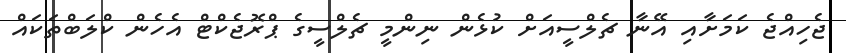
ޖެހިއްޖެ ކަމަށާއި އޭނާ ޗެލްސީއަށް ކުޅެން ނިންމީ ޗެލްސީގެ ޕްރޮޖެކްޓް އެހެން ކްލަބްތަކައް